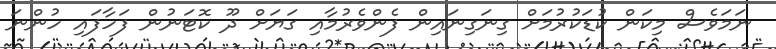
ނަމަވެސް މިކަން ކުޑަކުރުމަށް ގިނަގިނައިން ފެންވެރުމާއި ގަޔަށް ދޫ ކޮޓަނުން ފަހާފައި ހުންނަ